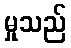
မှုသည်